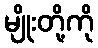
မျိုးတို့ကို